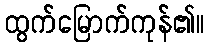
ထွက်မြောက်ကုန်၏။